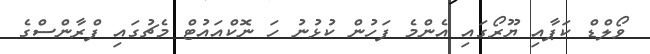
ވޯލްޑް ކަޕާއި ޔޫރޯގައި އެންމެ ފަހުން ކުޅުނު ހަ ނޮކްއައުޓް މެޗުގައި ފްރާންސްގެ